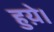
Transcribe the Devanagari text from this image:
हुय़े।